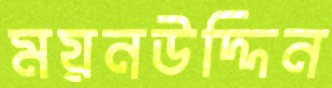
ময়নউদ্দিন